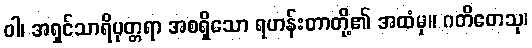
ဝါ၊ အရှင်သာရိပုတ္တရာ အစရှိသော ရဟန်းတာတို့၏ အထံမှ။ ဂတိတေသု၊